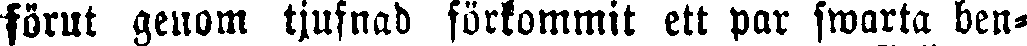
förut genom tjufnad förkommit ett par smarta ben-